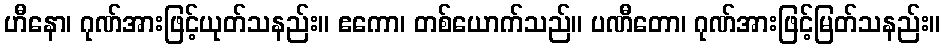
ဟီနော၊ ဂုဏ်အားဖြင့်ယုတ်သနည်း။ ဧကော၊ တစ်ယောက်သည်။ ပဏီတော၊ ဂုဏ်အားဖြင့်မြတ်သနည်း။